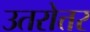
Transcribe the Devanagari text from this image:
उतरोत्तर